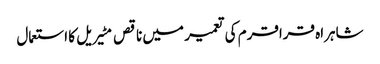
شاہراہ قراقرم کی تعمیر میں ناقص مٹیریل کا استعمال